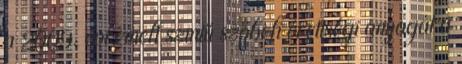
a 2009. évi emelt szintű szóbeli érettségi anyagát a